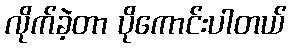
လိုက်ခဲ့တာ ပိုကောင်းပါတယ်